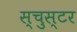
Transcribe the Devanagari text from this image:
स्चुस्टर